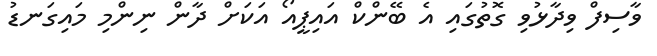
ވާސިފް ވިދާޅުވި ގޮތުގައި އެ ބޭންކް އައިޕީއޯ އަކަށް ދާން ނިންމި މައިގަނޑު